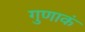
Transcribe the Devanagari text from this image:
गुणाकं